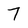
Character: 7